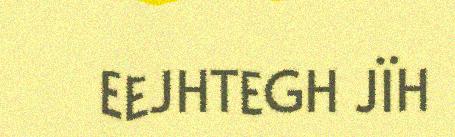
EEJHTEGH JÏH